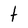
Character: t